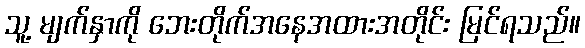
သူ့ မျက်နှာကို ဘေးတိုက်အနေအထားအတိုင်း မြင်ရသည်။